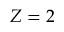
Z = 2